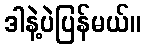
ဒါနဲ့ပဲပြန်မယ်။